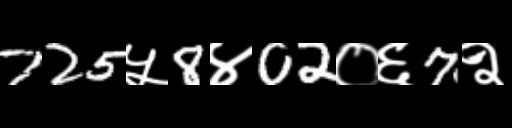
Text: 725५8४02०६7२